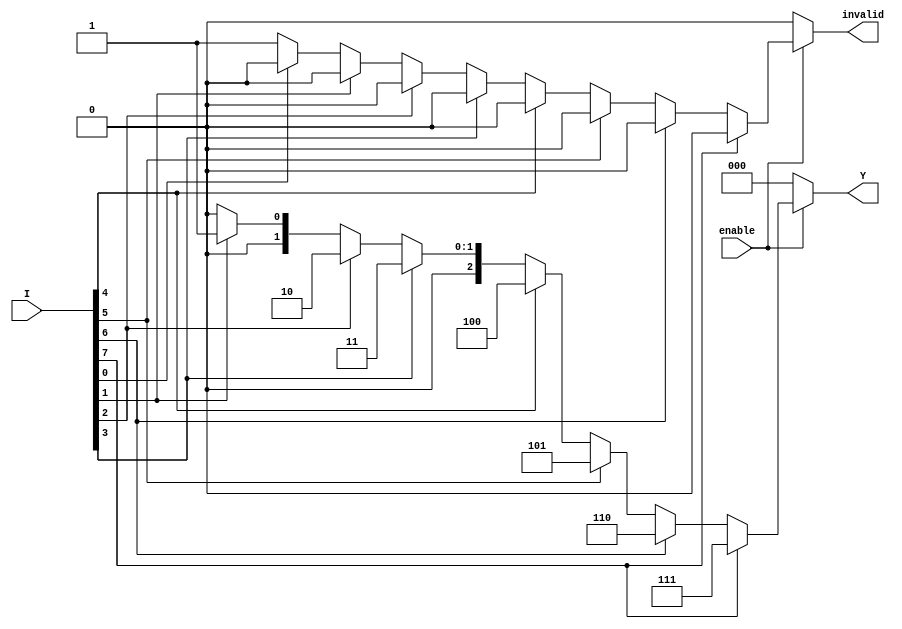
module octal_to_binary_encoder (
    input wire [7:0] I,         // 8-bit input (I0 to I7)
    input wire enable,          // Enable signal
    output reg [2:0] Y,         // 3-bit binary output
    output reg invalid          // Invalid output indicator
);

always @(*) begin
    // Default assignment for outputs
    Y = 3'b000;          // Default binary output
    invalid = 1'b0;     // Default invalid state
    
    if (enable) begin
        case (1'b1)     // Prioritizing higher input signal
            I[7]: Y = 3'b111; // I7
            I[6]: Y = 3'b110; // I6
            I[5]: Y = 3'b101; // I5
            I[4]: Y = 3'b100; // I4
            I[3]: Y = 3'b011; // I3
            I[2]: Y = 3'b010; // I2
            I[1]: Y = 3'b001; // I1
            I[0]: Y = 3'b000; // I0
            default: begin
                Y = 3'b000;   // Default output in case of no valid input
                invalid = 1'b1; // Set invalid indicator
            end
        endcase
    end else begin
        Y = 3'b000;   // When enable is low, output is 0
        invalid = 1'b0; // No invalid state when disabled
    end
end

endmodule